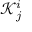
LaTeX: { \mathcal { K } } _ { j } ^ { i }